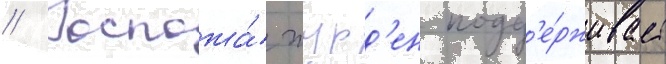
// Госпожа́ журд'ен подд'е́рживает